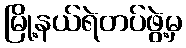
မြို့နယ်ရဲတပ်ဖွဲ့မှ